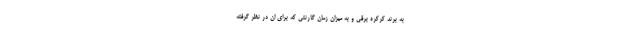
به برند کرکره برقی و به میزان زمان گارنتی که برای ان در نظر گرفته